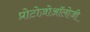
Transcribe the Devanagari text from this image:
प्रोटोज़ोऑलोजी